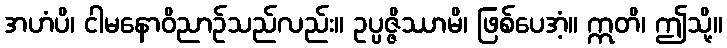
အဟံပိ၊ ငါမနောဝိညာဉ်သည်လည်း။ ဥပ္ပဇ္ဇိဿာမိ၊ ဖြစ်ပေအံ့။ ဣတိ၊ ဤသို့။